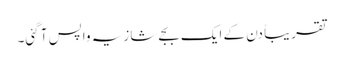
تقریباً دن کے ایک بجے شازیہ واپس آ گئی۔